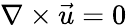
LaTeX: \nabla\times\vec{u}=0